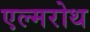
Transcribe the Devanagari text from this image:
एल्मरोथ